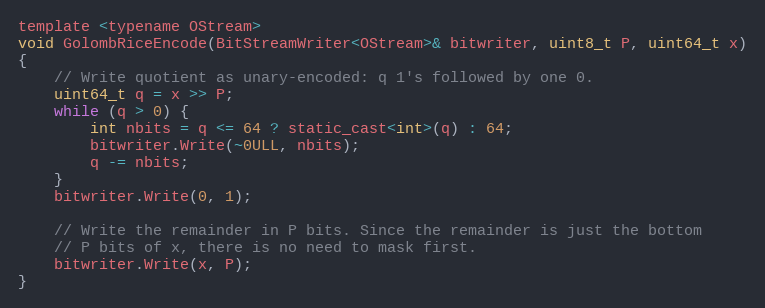
Language: C
template <typename OStream>
void GolombRiceEncode(BitStreamWriter<OStream>& bitwriter, uint8_t P, uint64_t x)
{
    // Write quotient as unary-encoded: q 1's followed by one 0.
    uint64_t q = x >> P;
    while (q > 0) {
        int nbits = q <= 64 ? static_cast<int>(q) : 64;
        bitwriter.Write(~0ULL, nbits);
        q -= nbits;
    }
    bitwriter.Write(0, 1);

    // Write the remainder in P bits. Since the remainder is just the bottom
    // P bits of x, there is no need to mask first.
    bitwriter.Write(x, P);
}